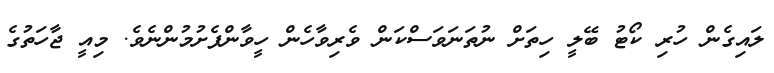
ލައިގެން ހުރި ކޯޓު ބޭލީ ހިތަށް ނުތަނަވަސްކަން ވެރިވާހެން ހީވާންފެށުމުންނެވެ. މިއީ ޖާހަތުގެ